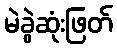
မဲခွဲဆုံးဖြတ်